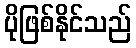
ပိုဖြစ်နိုင်သည်